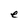
Character: e